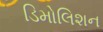
ડિમોલિશન